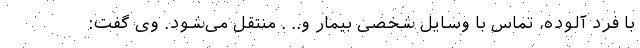
با فرد آلوده، تماس با وسایل شخصی بیمار و.. . منتقل می‌شود. وی گفت: